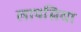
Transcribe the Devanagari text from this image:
लापसिया